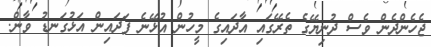
ޖެހެންދެން ވެސް ދުނިޔޭގެ ތެރޭގައި އާދައިގެ މީހުން އުޅޭނެ ފަދައިން އަޅުގަނޑު ވާން.